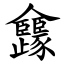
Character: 㒪